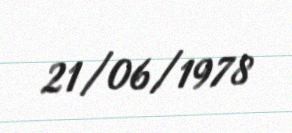
21/06/1978